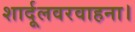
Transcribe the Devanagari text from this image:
शार्दूलवरवाहना।